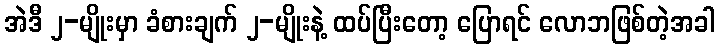
အဲဒီ ၂-မျိုးမှာ ခံစားချက် ၂-မျိုးနဲ့ ထပ်ပြီးတော့ ပြောရင် လောဘဖြစ်တဲ့အခါ